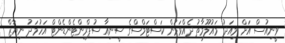
ވީނިއުސް އަށް މިއަދު މައުލޫމާތު ދެއްވަމުން ކަސްޓަމްސްގެ ސީނިއާ ސުޕްރިންޓެންޑެންޓް އަހުމަދު ނިޔާޒް